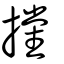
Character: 攩